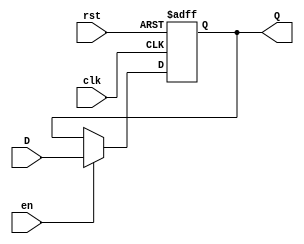
module InputRegister #(
    parameter WIDTH = 8 // Parameter for bit width of the register
)(
    input wire clk,       // Clock signal
    input wire rst,       // Reset signal (active high)
    input wire en,        // Enable signal (active high)
    input wire [WIDTH-1:0] D, // Input data lines
    output reg [WIDTH-1:0] Q  // Output data lines
);

// Always block for synchronous operation
always @(posedge clk or posedge rst) begin
    if (rst) begin
        // Asynchronous reset
        Q <= {WIDTH{1'b0}}; // Initialize to all zeros
    end else if (en) begin
        // Capture input data on clock edge when enabled
        Q <= D;
    end
    // If enable is low, retain previous value of Q
end

endmodule